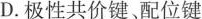
D. 极性共价键配位键